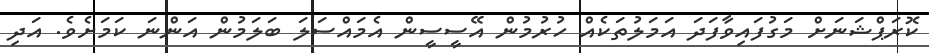
ކޮރަޕްޝަނަށް މަގުފައިވާފަދަ އަމަލުތަކެއް ހުރުމުން އޭސީސީން އެމައްސަލަ ބަލަމުން އަންނަ ކަމަށެވެ. އަދި